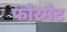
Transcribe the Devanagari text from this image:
फौरमैट